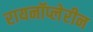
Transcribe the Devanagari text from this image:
रायनॉप्लेरीन